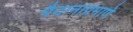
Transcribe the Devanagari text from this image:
मैदानाप्रमाणे